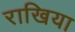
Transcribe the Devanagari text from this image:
राखिया